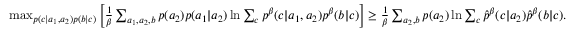
\begin{array} { r } { \operatorname* { m a x } _ { p ( c | a _ { 1 } , a _ { 2 } ) p ( b | c ) } \left[ { \frac { 1 } { \beta } \sum _ { a _ { 1 } , a _ { 2 } , b } p ( a _ { 2 } ) p ( a _ { 1 } | a _ { 2 } ) \ln { \sum _ { c } p ^ { \beta } ( c | a _ { 1 } , a _ { 2 } ) p ^ { \beta } ( b | c ) } } \right] \geq \frac { 1 } { \beta } \sum _ { a _ { 2 } , b } p ( a _ { 2 } ) \ln { \sum _ { c } \hat { p } ^ { \beta } ( c | a _ { 2 } ) \hat { p } ^ { \beta } ( b | c ) } . } \end{array}